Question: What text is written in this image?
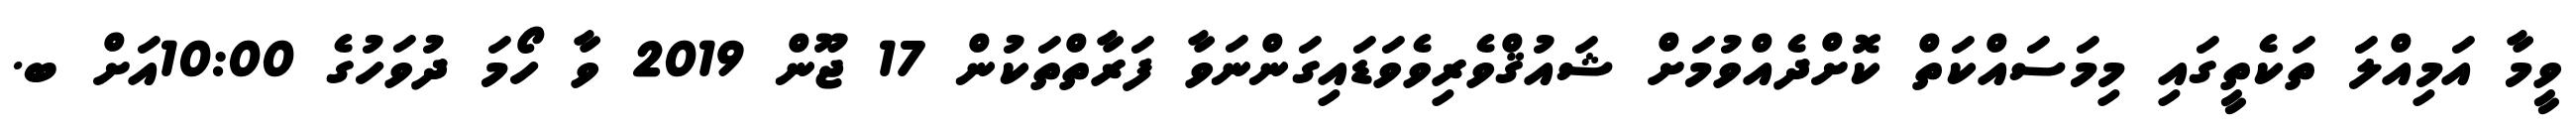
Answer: ވީމާ އަމިއްލަ ތަކެތީގައި މިމަސައްކަތް ކޮށްދެއްވުމަށް ޝައުޤްވެރިވެވަޑައިގަންނަވާ ފަރާތްތަކުން 17 ޖޫން 2019 ވާ ހޯމަ ދުވަހުގެ 10:00އަށް ބ.